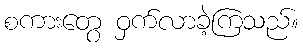
စကားတွေ ဝှက်လာခဲ့ကြသည်။